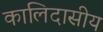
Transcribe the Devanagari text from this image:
कालिदासीय